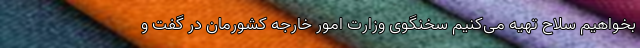
بخواهیم سلاح تهیه می‌کنیم سخنگوی وزارت امور خارجه کشورمان در گفت و